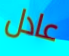
عادل